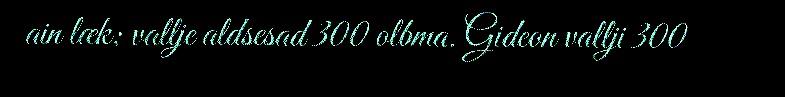
ain læk; vallje aldsesad 300 olbma. Gideon vallji 300